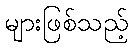
များဖြစ်သည့်